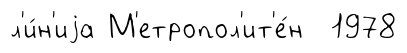
л'и́н'иjа М'етропол'ит'е́н 1978